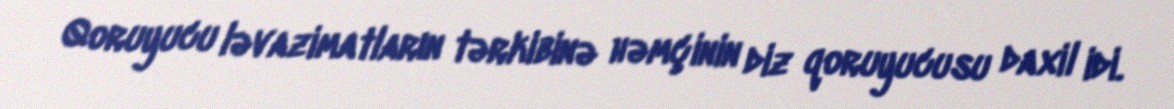
Qoruyucu ləvazimatların tərkibinə həmçinin diz qoruyucusu daxil idi.